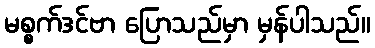
မစ္စက်ဒင်ဗာ ပြောသည်မှာ မှန်ပါသည်။